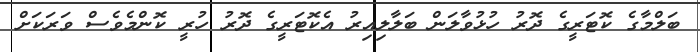
ބަލްމާގެ ކޮޓަރީގެ ދޮރު ހުޅުވާލަން ބަލާލިއިރު އެކޮޓަރީގެ ދޮރު ހުރީ ކޮންމެވެސް ވަރަކަށް